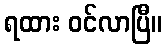
ရထား ဝင်လာပြီ။